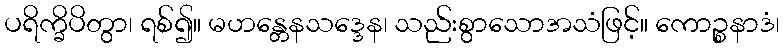
ပရိက္ခိပိတွာ၊ ရစ်၍။ မဟန္တေနသဒ္ဒေန၊ သည်းစွာသောအသံဖြင့်။ ကောဉ္စနာဒံ၊